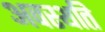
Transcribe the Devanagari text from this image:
अवस्थति